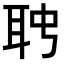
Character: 𦕊